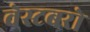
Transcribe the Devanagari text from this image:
वेस्टबरो